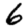
Digit: 6